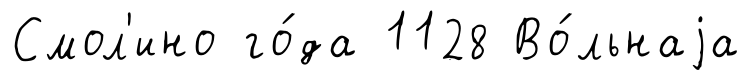
Смол'ино го́да 1128 Во́льнаjа